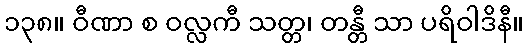
၁၃၈။ ဝီဏာ စ ဝလ္လကီ သတ္တ၊ တန္တီ သာ ပရိဝါဒိနီ။